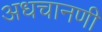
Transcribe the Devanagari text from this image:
अधचानणी